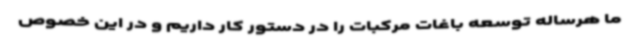
ما هرساله توسعه باغات مرکبات را در دستور کار داریم و در این خصوص